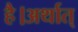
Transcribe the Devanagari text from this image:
है।अर्थात्